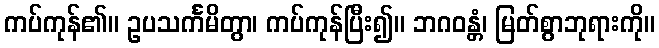
ကပ်ကုန်၏။ ဥပသင်္ကမိတွာ၊ ကပ်ကုန်ပြီး၍။ ဘဂဝန္တံ၊ မြတ်စွာဘုရားကို။